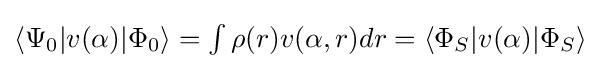
{\textstyle \langle \Psi _{0}|v(\alpha )|\Phi _{0}\rangle =\int \rho (r)v(\alpha ,r)dr=\langle \Phi _{S}|v(\alpha )|\Phi _{S}\rangle }